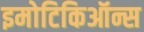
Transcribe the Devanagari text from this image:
इमोटिकिऑन्स